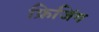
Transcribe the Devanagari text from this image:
फ्रिजिंग